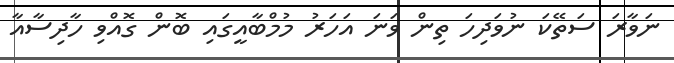
ނަވާރަ ސަތޭކަ ނުވަދިހަ ތިން ވަނަ އަހަރު މުމްބާއީގައި ބޮން ގޮއްވި ހާދިސާއާ